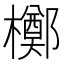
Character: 𬅈